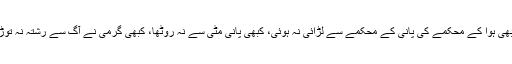
کبھی ہوا کے محکمے کی پانی کے محکمے سے لڑائی نہ ہوئی، کبھی پانی مٹی سے نہ روٹھا، کبھی گرمی نے آگ سے رشتہ نہ توڑا۔